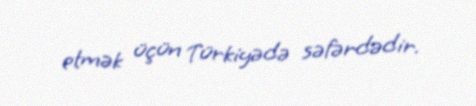
etmək üçün Türkiyədə səfərdədir.